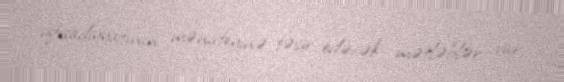
iqtisadiyyatının mənafeyinə təsir edəcək mətləblər var.